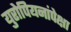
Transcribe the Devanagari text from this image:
युरोपियनांपेक्षा